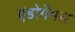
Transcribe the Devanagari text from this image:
एंडोगैमस